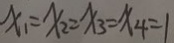
x _ { 1 } = x _ { 2 } = x _ { 3 } = x _ { 4 } = 1